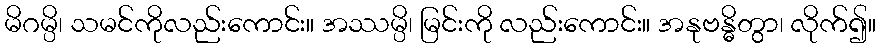
မိဂမ္ပိ၊ သမင်ကိုလည်းကောင်း။ အဿမ္ပိ၊ မြင်းကို လည်းကောင်း။ အနုဗန္ဓိတွာ၊ လိုက်၍။